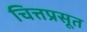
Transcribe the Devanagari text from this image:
चित्तप्रसूत